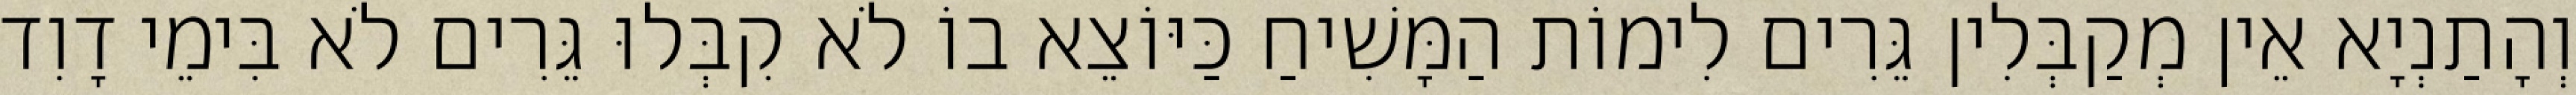
וְהָתַנְיָא אֵין מְקַבְּלִין גֵּרִים לִימוֹת הַמָּשִׁיחַ כַּיּוֹצֵא בוֹ לֹא קִבְּלוּ גֵּרִים לֹא בִּימֵי דָוִד